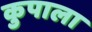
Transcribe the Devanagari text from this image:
कुपाला